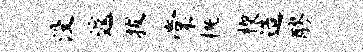
没遽拔棠概楔造醪